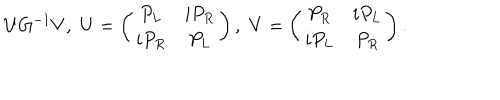
U G ^ { - 1 } V , \, \, U = \left( \begin{array} { c c } { { P _ { L } } } & { { i P _ { R } } } \\ { { i P _ { R } } } & { { P _ { L } } } \\ \end{array} \right) , \, \, V = \left( \begin{array} { c c } { { P _ { R } } } & { { i P _ { L } } } \\ { { i P _ { L } } } & { { P _ { R } } } \\ \end{array} \right) .